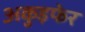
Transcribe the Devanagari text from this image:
अकुइफेर